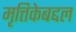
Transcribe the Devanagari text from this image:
मृत्तिकेबद्दल